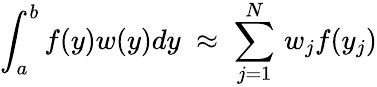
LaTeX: \int_{a}^{b}f(y)w(y)dy\; \approx\; \sum_{j=1}^{N}\, w_{j}f(y_{j})